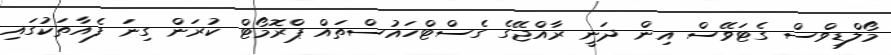
މޯލްޑިވްސް ގެޓަވޭސް އިން ދަނީ ރާއްޖޭގެ ގެސްޓްހައުސްތައް ޕްރޮމޯޓް ކުރަން ގިނަ ފެއާތަކުގައި